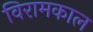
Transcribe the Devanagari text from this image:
विरामकाल